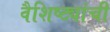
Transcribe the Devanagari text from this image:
वैशिष्ट्यांची